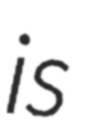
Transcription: is